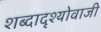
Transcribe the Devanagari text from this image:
शब्दादृश्योवाजी